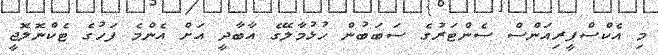
މި އެކްސްޕީރިއަންސް ސެންޓަރުގެ ސަބަބުން ހުޅުމާލޭގެ އާބާދީ އަށް އެންމެ ފަހުގެ ޓެކްނޮލޮޖީ